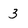
Character: 3